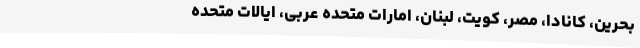
بحرین، کانادا، مصر، کویت، لبنان، امارات متحده عربی، ایالات متحده